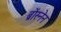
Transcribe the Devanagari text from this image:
ब्रोंस्नेन